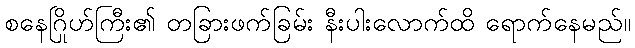
စနေဂြိုဟ်ကြီး၏ တခြားဖက်ခြမ်း နီးပါးလောက်ထိ ရောက်နေမည်။